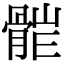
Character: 𩩆